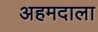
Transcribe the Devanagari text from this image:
अहमदाला